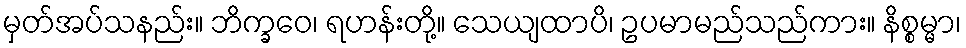
မှတ်အပ်သနည်း။ ဘိက္ခဝေ၊ ရဟန်းတို့။ သေယျထာပိ၊ ဥပမာမည်သည်ကား။ နိစ္စမ္မာ၊